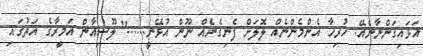
އަޅައިގަންނާނެއޭ. ހުރިހާ އެންމެންނެއް ލޮލަށް ފެނިގެނެއް ނޫން އުޅޭނީ......" ލޫސިއާން އަމީރާގެ އަތުގައި